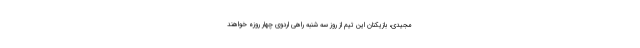
مجیدی، بازیکنان این تیم از روز سه شنبه راهی اردوی چهار روزه خواهند